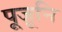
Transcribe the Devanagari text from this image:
पूजूनि